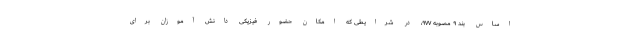
اساس بند ۹ مصوبه ۹۷۷، در شرایطی که امکان حضور فیزیکی دانش آموزان برای